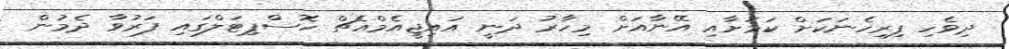
ދިވެހި ފިރިހެނަކަށް ކަމަށާއި އޭނާއަށް މިހާރު ދަނީ އައިޖީއެމްއެޗް ހޮސްޕިޓަލްގައި ފަރުވާ ދެމުން